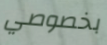
بخصوصي